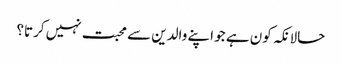
حالانکہ کون ہے جو اپنے والدین سے محبت نہیں کرتا؟